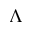
\Lambda